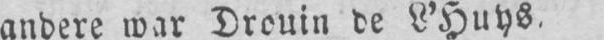
andere war Drouin de L’Huys.